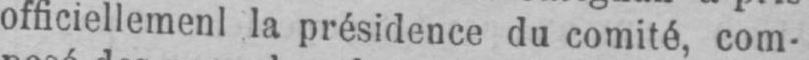
officiellemenl la présidence du comité, com-